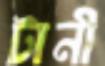
টানী